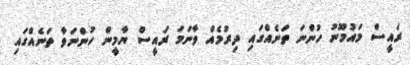
ރައީސް މައުމޫނު ހުންނަ ތަނެއްގައި ދިރުމެއް ވާނަމަ ރައީސް ޔާމީން ހުންނަވާ ތަނެއްގައި